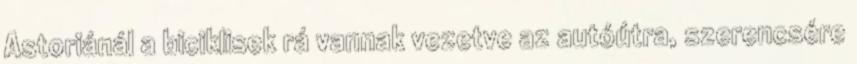
Astoriánál a biciklisek rá vannak vezetve az autóútra, szerencsére